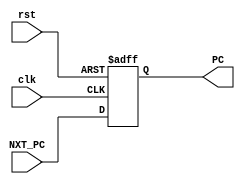

module PC(
	input  [31:0] NXT_PC,
	input  		  clk,rst,
	output reg [31:0] PC 
);
	
	always @(posedge clk , negedge rst)
	begin
	if(!rst) 
		PC <= 32'h0000_0000 ;
	else
		PC <= NXT_PC ;
	end
	
endmodule